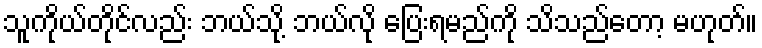
သူကိုယ်တိုင်လည်း ဘယ်သို့ ဘယ်လို ပြေးရမည်ကို သိသည်တော့ မဟုတ်။